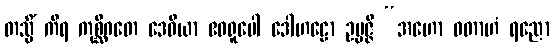
တသ္မိံ ကိရ ကုစ္ဆိဂတေ ဒေဝိယာ ဧဝရူပေါ ဒေါဟဠော ဥပ္ပဇ္ဇိ “အဟော ဝတာဟံ ရညော